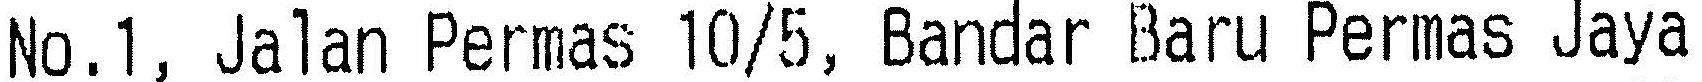
NO.1, JALAN PERMAS 10/5, BANDAR BARU PERMAS JAYA